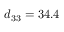
d _ { 3 3 } = 3 4 . 4